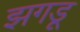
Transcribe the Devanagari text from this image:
झगडू